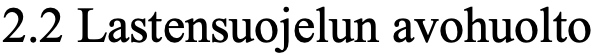
2.2 Lastensuojelun avohuolto